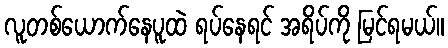
လူတစ်ယောက်နေပူထဲ ရပ်နေရင် အရိပ်ကို မြင်ရမယ်။